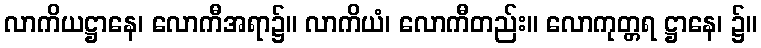
လာကိယဋ္ဌာနေ၊ လောကီအရာ၌။ လာကိယံ၊ လောကီတည်း။ လောကုတ္တရ ဋ္ဌာနေ၊ ၌။